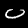
Digit: 0